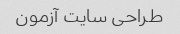
طراحی سایت آزمون